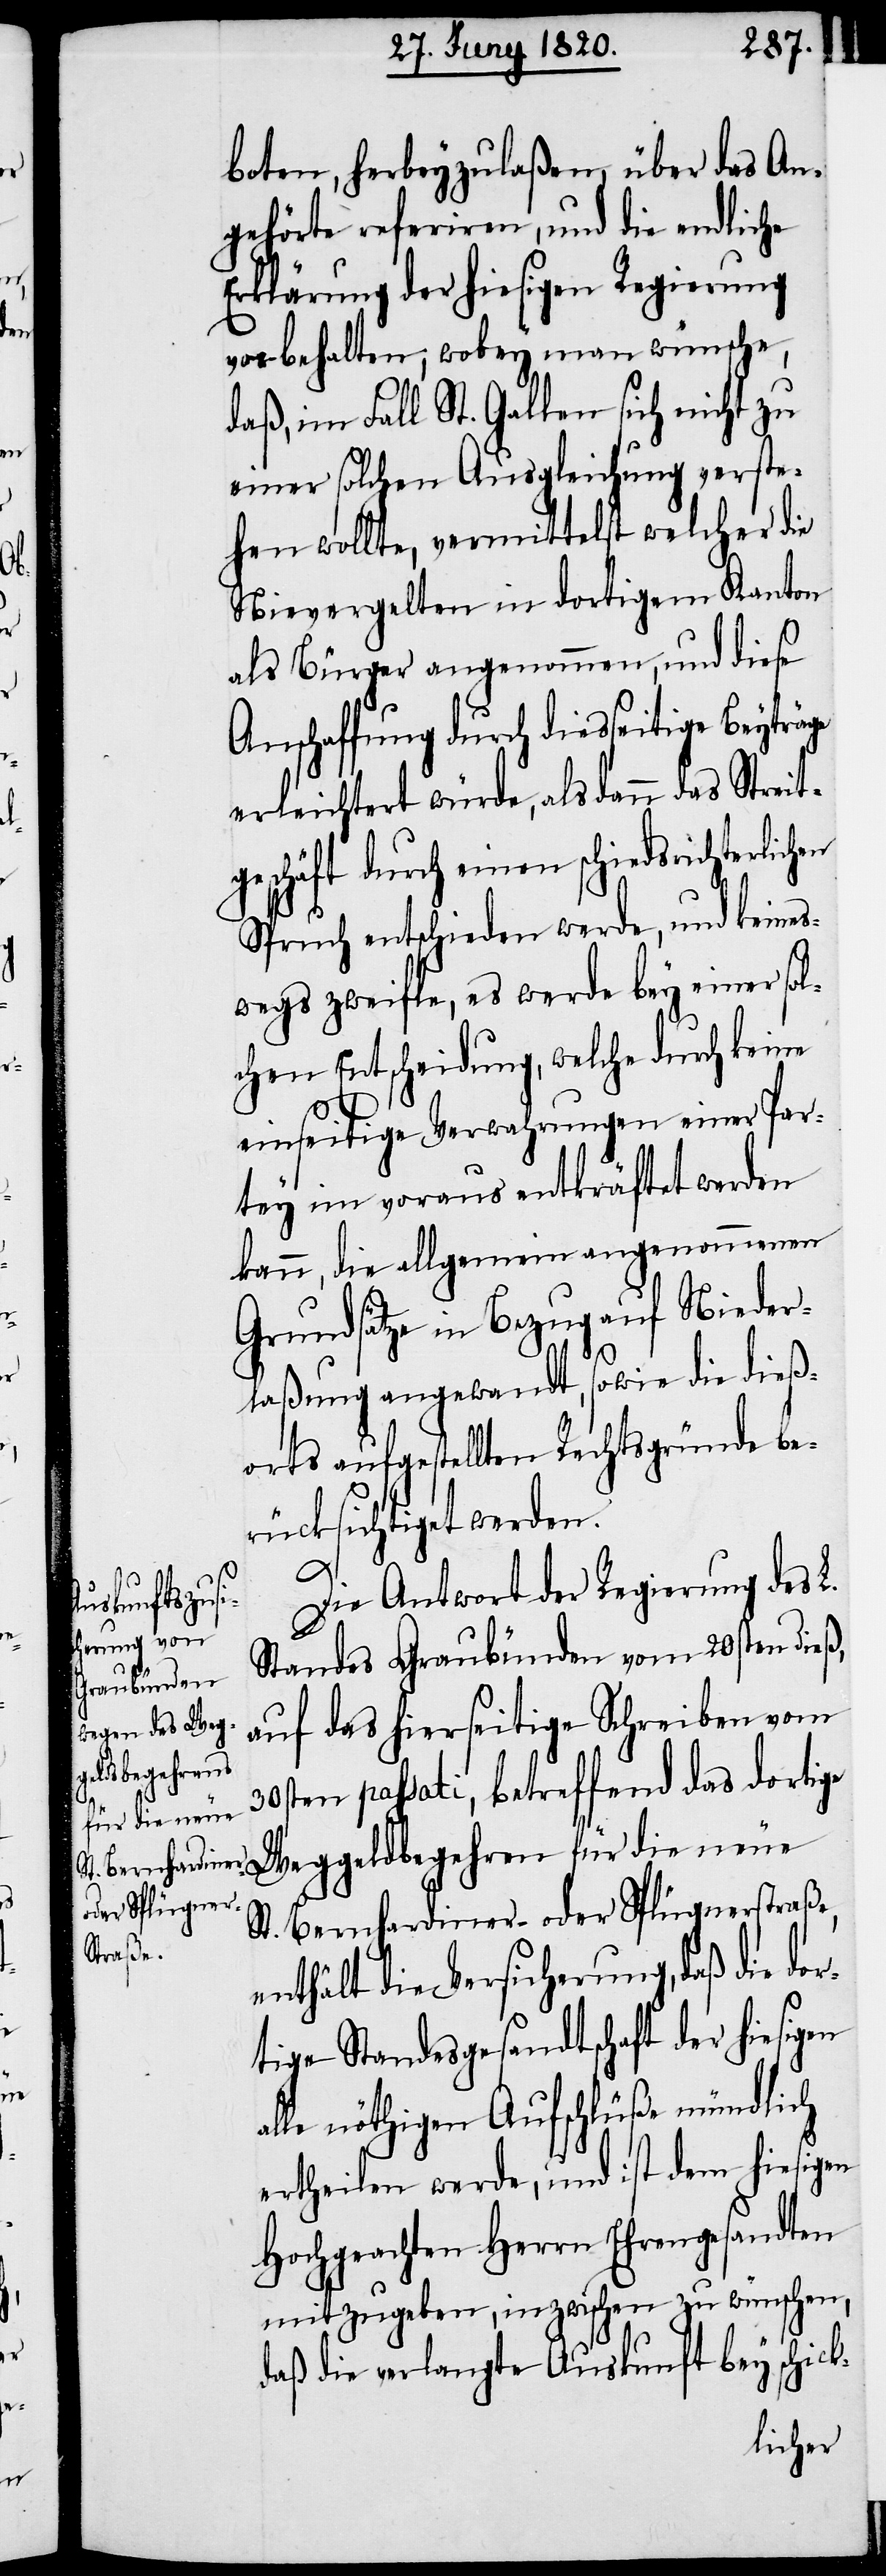
boten, herbeyzulaßen, über das An¬
gehörte referiren, und die endliche
Erklärung der hiesigen Regierung
vorbehalten; wobey man wünsche,
daß im Fall St. Gallen sich nicht zu
einer solchen Ausgleichung verste¬
hen wollte, vermittelst welcher die
Nievergelten in dortigem Kanton
als Bürger angenommen, und diese
Anschaffung durch diesseitige Beyträge
erleichtert würde, als dann das Streit¬
geschäft durch einen schiedsr¬
Spruch entschieden werde, und keines¬
wegs zweifle, es werde bey einer sol¬
chen Entscheidung, welch durch keine
einseitige Verwahrungen einer Par¬
tey im voraus entkräftet werden
kann, die allgemein angenommenen
Grundsätze in Bezug auf Nieder¬
laßung angewandt, sowie die dieß¬
orts aufgestellten Rechtsgründe be¬
rücksichtiget werden.
Die Antwort der Regierung des L.
Standes Graubünden vom 20sten dieß,
auf das hierseitige Schreiben vom
ldbegehren
30sten passati, betreffend das dortige
für die neue
St. Bernhardiner- oder Splügnerstraße,
enthält die Versicherung, daß die do¬
rtige Standesgesandtschaft der hiesigen
alle nöthigen Aufschlüße mündlich
ertheilen werde, und ist dem hiesigen
Hochgeachten Herrn Ehrengesandten
mitzugeben, inzwischen zu wünschen,
daß die verlange Auskunft bey schick-